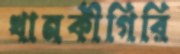
খানকীগিরি